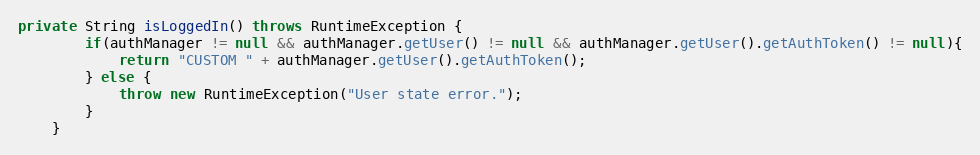
Language: Java
private String isLoggedIn() throws RuntimeException {
        if(authManager != null && authManager.getUser() != null && authManager.getUser().getAuthToken() != null){
            return "CUSTOM " + authManager.getUser().getAuthToken();
        } else {
            throw new RuntimeException("User state error.");
        }
    }